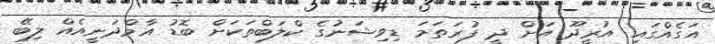
އަގެއްގައި އުރީދޫ އަށް ދީ ފުރަތަމަ ޑިވިޝަނުގެ ކްލަބްތަކަށް ބޮޑު އާމްދަނީއެއް ލިބޭ